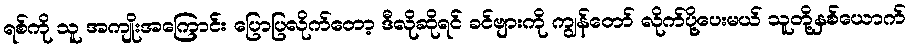
ရစ်ကို သူ အကျိုးအကြောင်း ပြောပြလိုက်တော့ ဒီလိုဆိုရင် ခင်ဗျားကို ကျွန်တော် လိုက်ပို့ပေးမယ် သူတို့နှစ်ယောက်